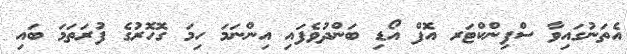
އެތަނުގައިވާ ސްފިންކްޓަރ އޮފް އޯޑި ބަންދުވެފައި އިންނަމަ ހިމަ ގޮހޮރުގެ ފުރަތަމަ ބައި